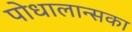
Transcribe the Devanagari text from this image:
पोधालान्सका